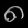
Digit: ၈